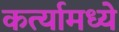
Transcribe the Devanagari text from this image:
कर्त्यामध्ये